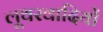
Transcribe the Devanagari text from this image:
लूथरवादियों